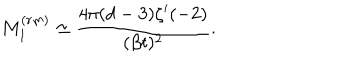
M _ { 1 } ^ { ( r m ) } \simeq \frac { 4 \pi ( d - 3 ) \zeta ^ { \prime } ( - 2 ) } { ( \beta t ) ^ { 2 } } .